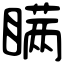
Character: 瞒